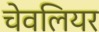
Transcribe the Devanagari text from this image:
चेवलियर